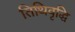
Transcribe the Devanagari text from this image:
तिथिवृद्धि